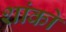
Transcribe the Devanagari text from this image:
शांको